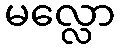
မလ္လော